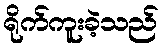
ရိုက်ကူးခဲ့သည်